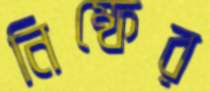
নিম্ফের